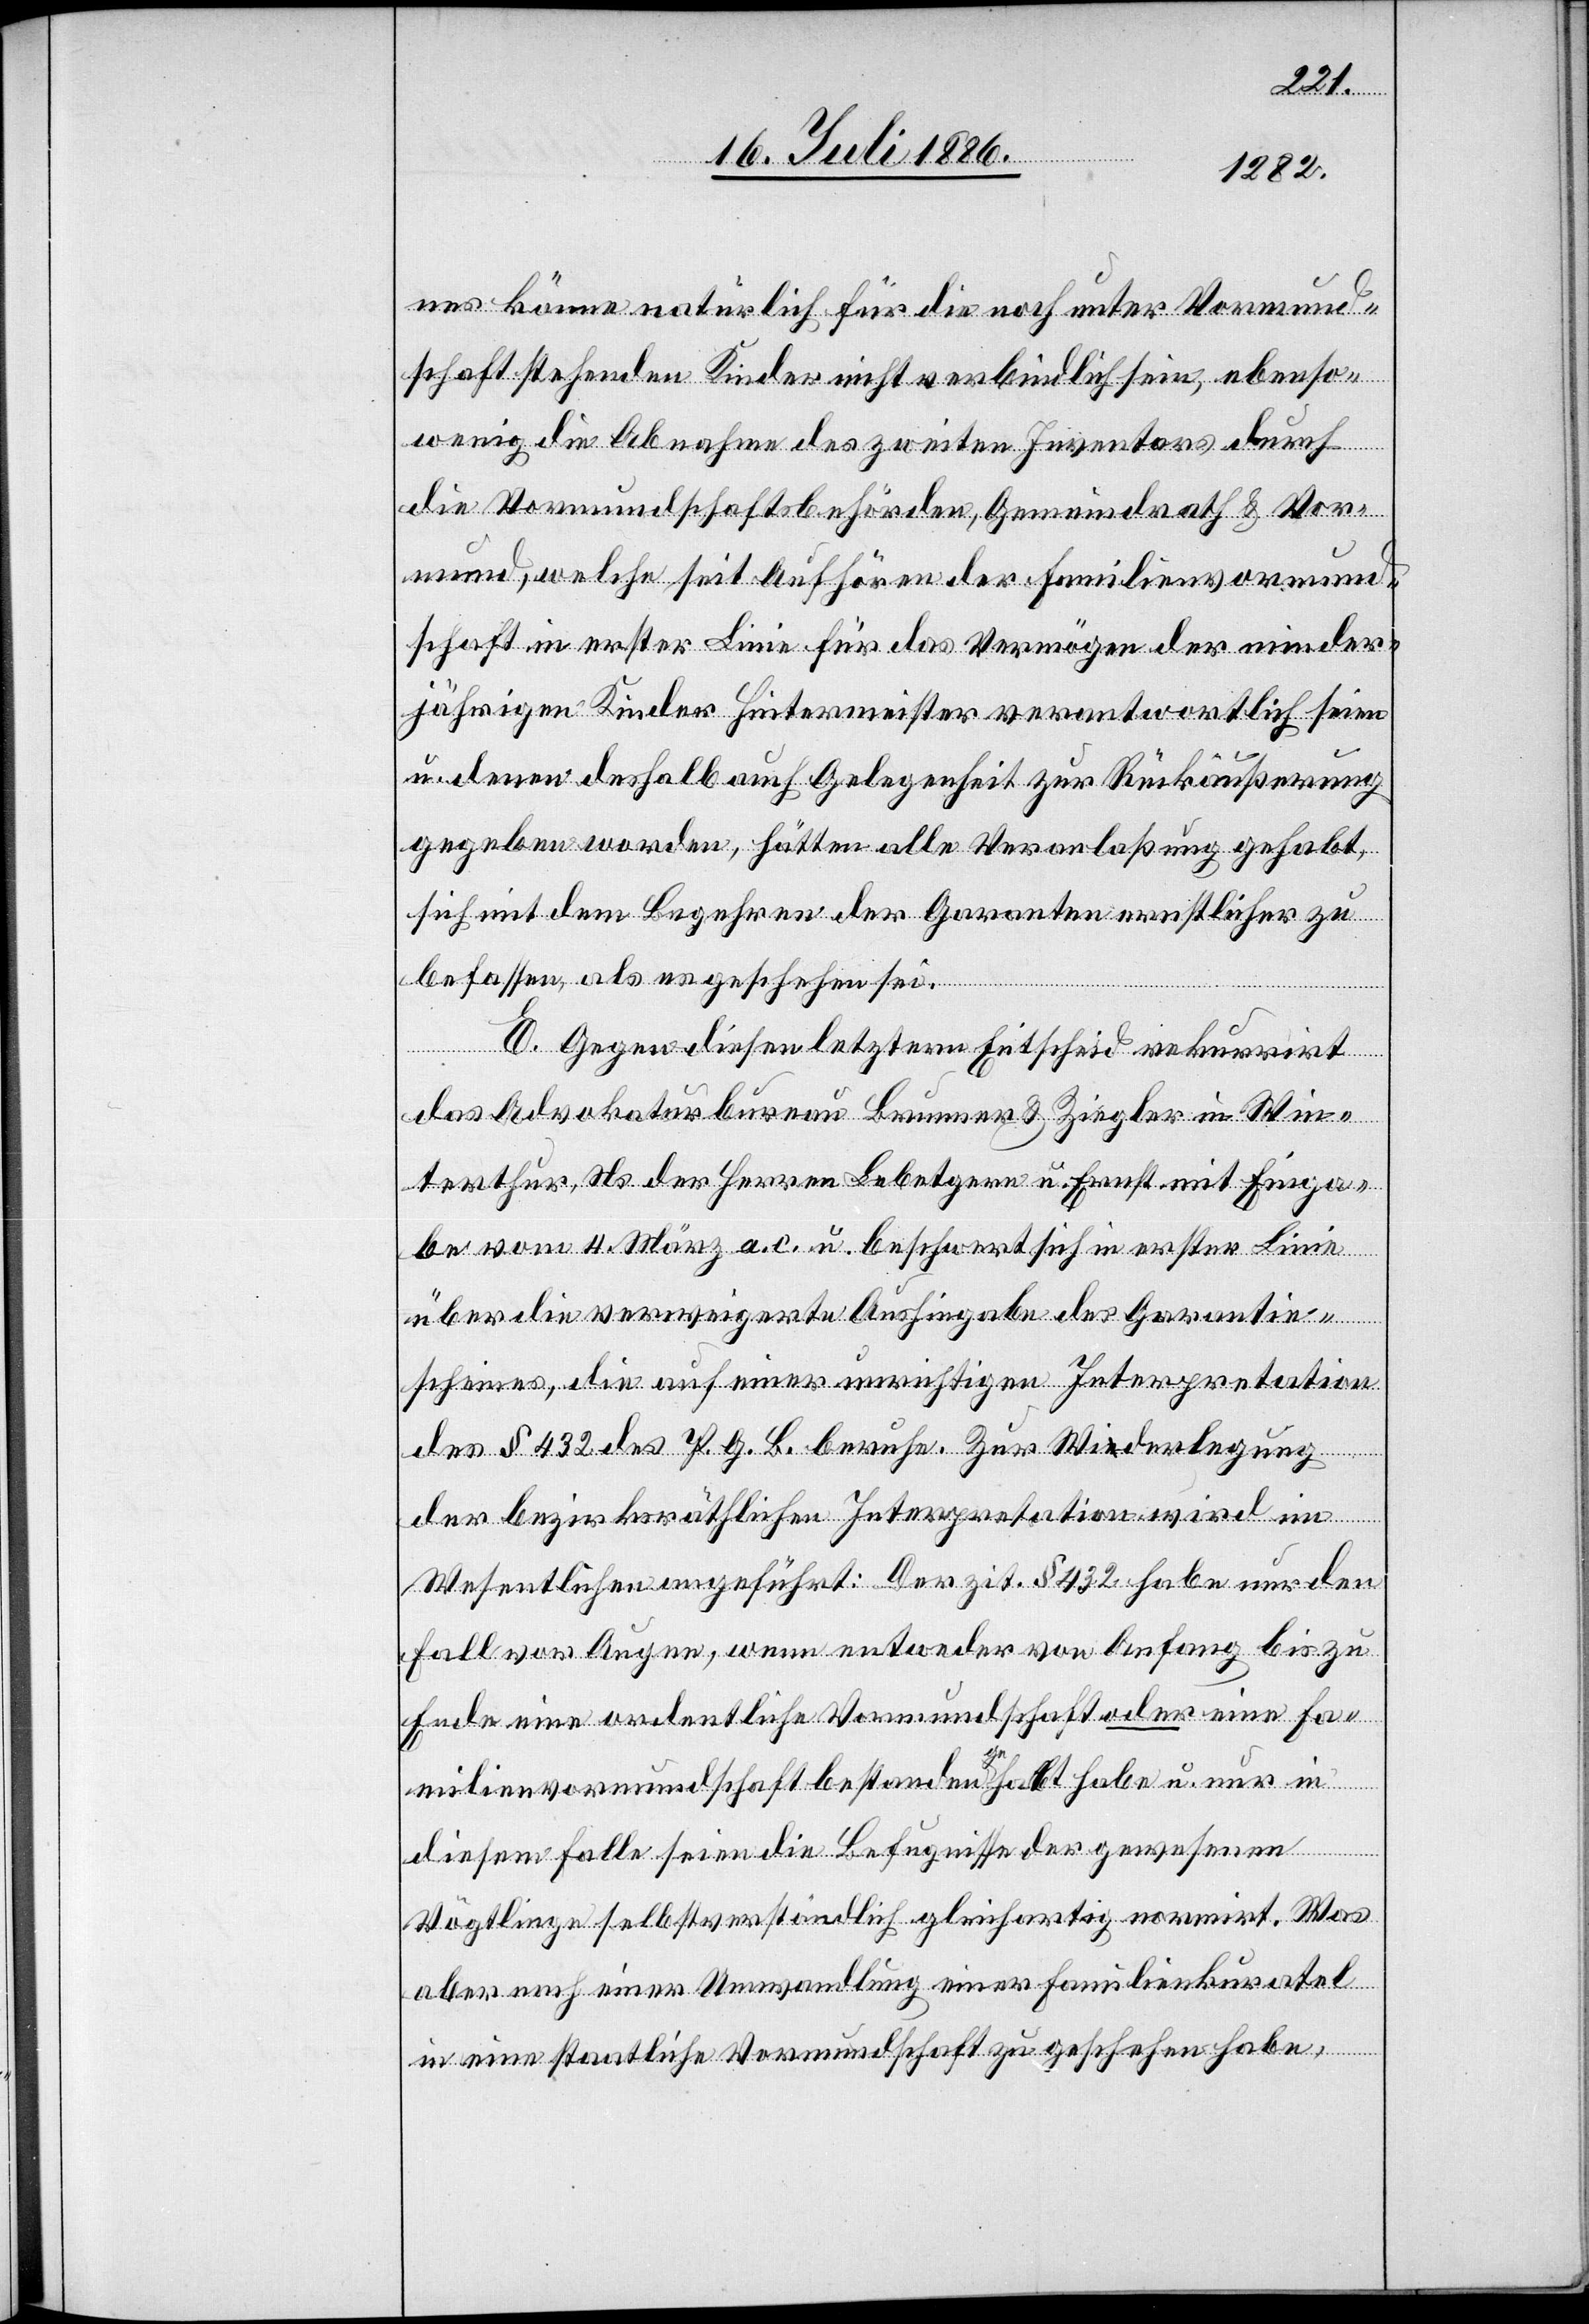
nes könne natürlich für die noch unter Vormund¬
schaft stehenden Kinder nicht verbindlich sein, ebenso¬
wenig die Abnahme des zweiten Inventars durch
die Vormundschaftsbehörden, Gemeindrath & Vor¬
mund, welche seit Aufhören der Familienvormund¬
schaft in erster Linie für das Vermögen der minder¬
jährigen Kinder Hintermeister verantwortlich seien
u. denen deshalb auch Gelegenheit zu Rückäußerung
gegeben worden, hätten alle Veranlaßung gehabt,
sich mit dem Begehren der Garanten ernstlicher zu
befassen, als es geschehen sei.
E. Gegen diesen letztern Entscheid rekurrirt
das Advokaturbureau Brunner & Ziegler in Win¬
terthur, Ns. der Herren Lebetgern u. Ernst mit Einga¬
be vom 4. März a. c. u. beschwert sich in erster Linie
über die verweigerte Aushingabe des Garantie¬
scheines, die auf einer unrichtigen Interpretation
des § 432 des P. G. B. beruhe. Zur Widerlegung
der bezirksräthlichen Interpretation wird im
Wesentlichen angeführt: Der zit. § 432 habe nur den
Fall vor Augen, wenn entweder von Anfang bis zu
Ende eine ordentliche Vormundschaft oder eine Fa¬
milienvormundschaft bestanden gehabt habe u. nur in
diesem Falle seien die Befugnisse der gewesenen
Vögtlinge selbstverständlich gleichartig normirt. Was
aber nach einer Umwandlung einer Familienkuratel
in eine staatliche Vormundschaft zu geschehen habe,